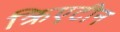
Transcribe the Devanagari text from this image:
क्रिएटीन